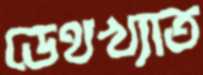
ডেথখ্যাত